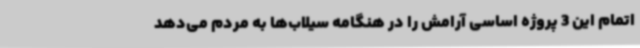
اتمام این 3 پروژه اساسی آرامش را در هنگامه سیلاب‌ها به مردم می‌دهد